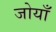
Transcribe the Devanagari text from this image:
जोयाँ